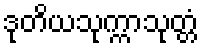
ဒုတိယသုက္ကာသုတ္တံ